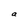
Character: a